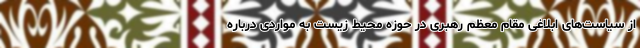
از سیاست‌های ابلاغی مقام معظم رهبری در حوزه محیط زیست به مواردی درباره